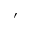
'